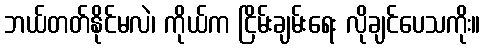
ဘယ်တတ်နိုင်မလဲ၊ ကိုယ်က ငြိမ်းချမ်းရေး လိုချင်ပေသကိုး။